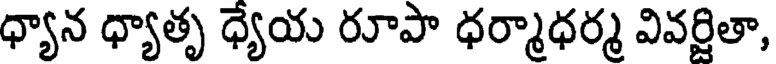
ధ్యాన ధ్యాతృ ధ్యేయ రూపా ధర్మాధర్మ వివర్జితా,